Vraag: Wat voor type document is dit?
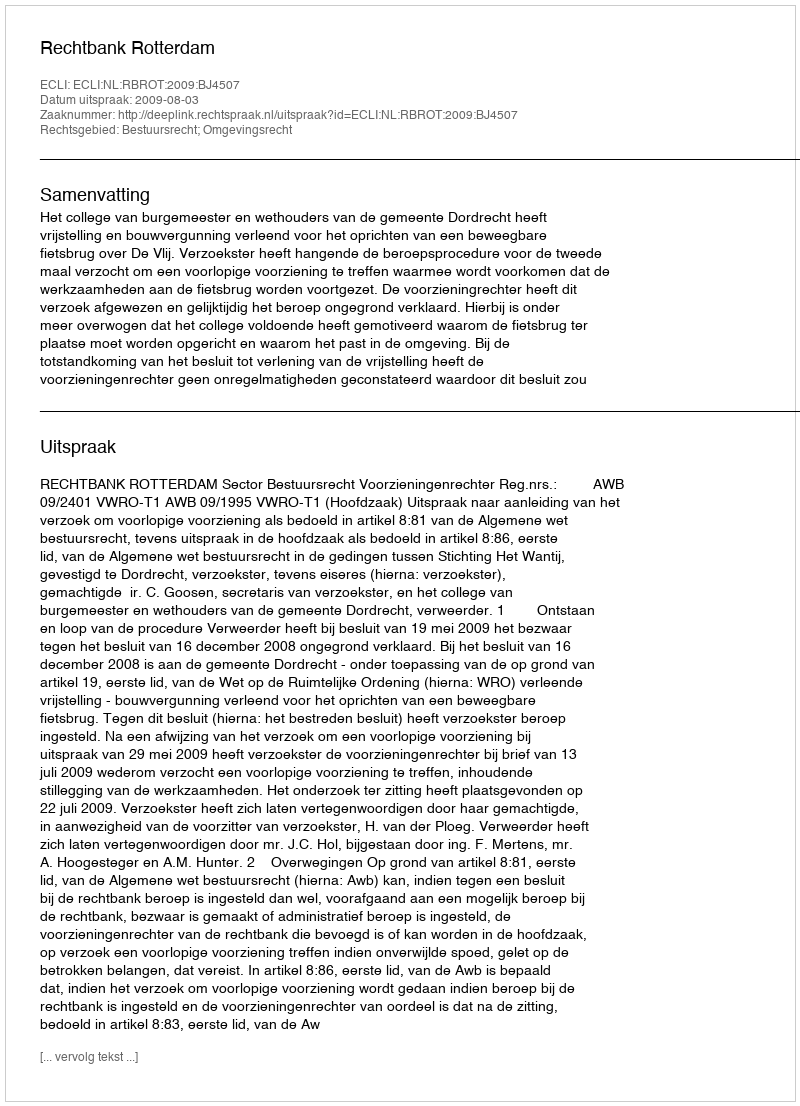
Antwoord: Uitspraak